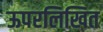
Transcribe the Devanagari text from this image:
ऊपरलिखित